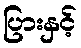
ပြားနှင့်